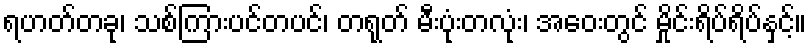
ရဟတ်တခု၊ သစ်ကြားပင်တပင်၊ တရုတ် မီးပုံးတလုံး၊ အဝေးတွင် မှိုင်းရိပ်ရိပ်နှင့်။